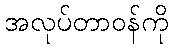
အလုပ်တာဝန်ကို